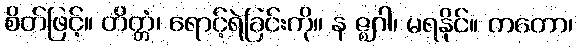
စိတ်ဖြင့်။ တိတ္တံ၊ ရောင့်ရဲခြင်းကို။ န ဇ္ဈဂါ၊ မရနိုင်။ တတော၊